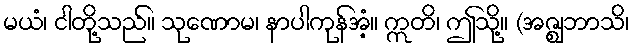
မယံ၊ ငါတို့သည်။ သုဏောမ၊ နာပါကုန်အံ့။ ဣတိ၊ ဤသို့။ (အဇ္ဈဘာသိ၊